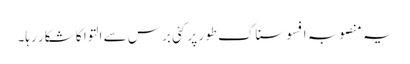
یہ منصوبہ افسوسناک طور پر کئی برس سے التوا کا شکار رہا۔